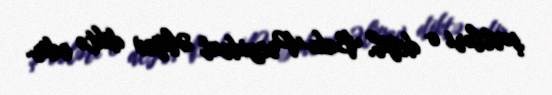
şərtləri o deyil, Bakı-Prezident Əliyev diktə edir.